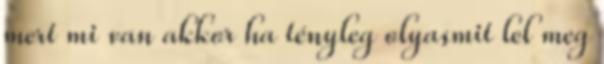
mert mi van akkor ha tényleg olyasmit lel meg